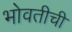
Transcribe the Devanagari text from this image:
भोवतीची